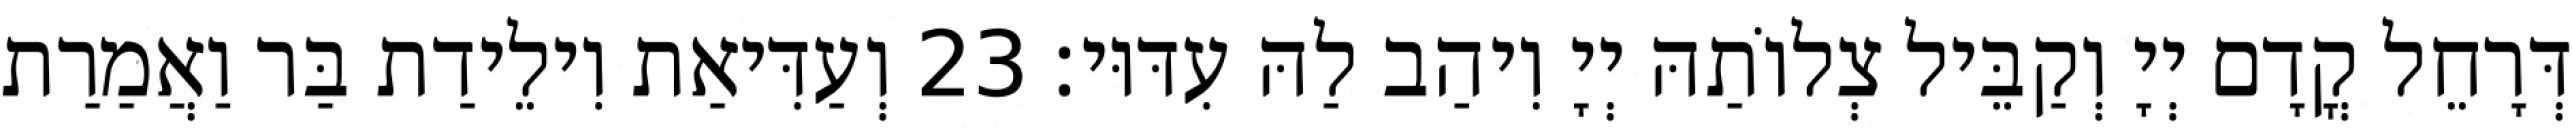
דְּרָחֵל קֳדָם יְיָ וְקַבֵּיל צְלוֹתַהּ יְיָ וִיהַב לַהּ עִדּוּי׃ 23 וְעַדִּיאַת וִילֵידַת בַּר וַאֲמַרַת